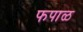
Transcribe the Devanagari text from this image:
फपाळ